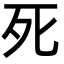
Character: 死